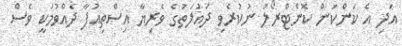
އަދި އެ ކަންކަން ކޮންޓްރޯލު ނުކުރެވި ދައުލަތުގެ ވެރިޔާ އިސްތިއުފާ ދެއްވުމަކީ ވެސް